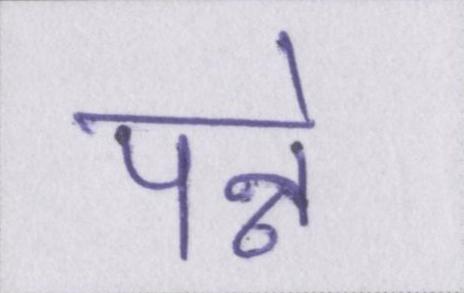
पन्ने